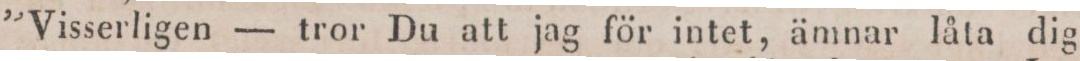
”Visserligen — tror Du att jag för intet, ämnar låta dig